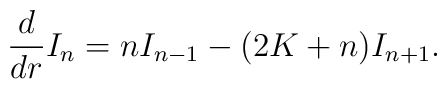
\frac{d}{dr}I_n = nI_{n-1}-(2K+n)I_{n+1}.